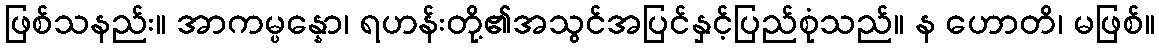
ဖြစ်သနည်း။ အာကမ္ပန္နော၊ ရဟန်းတို့၏အသွင်အပြင်နှင့်ပြည်စုံသည်။ န ဟောတိ၊ မဖြစ်။